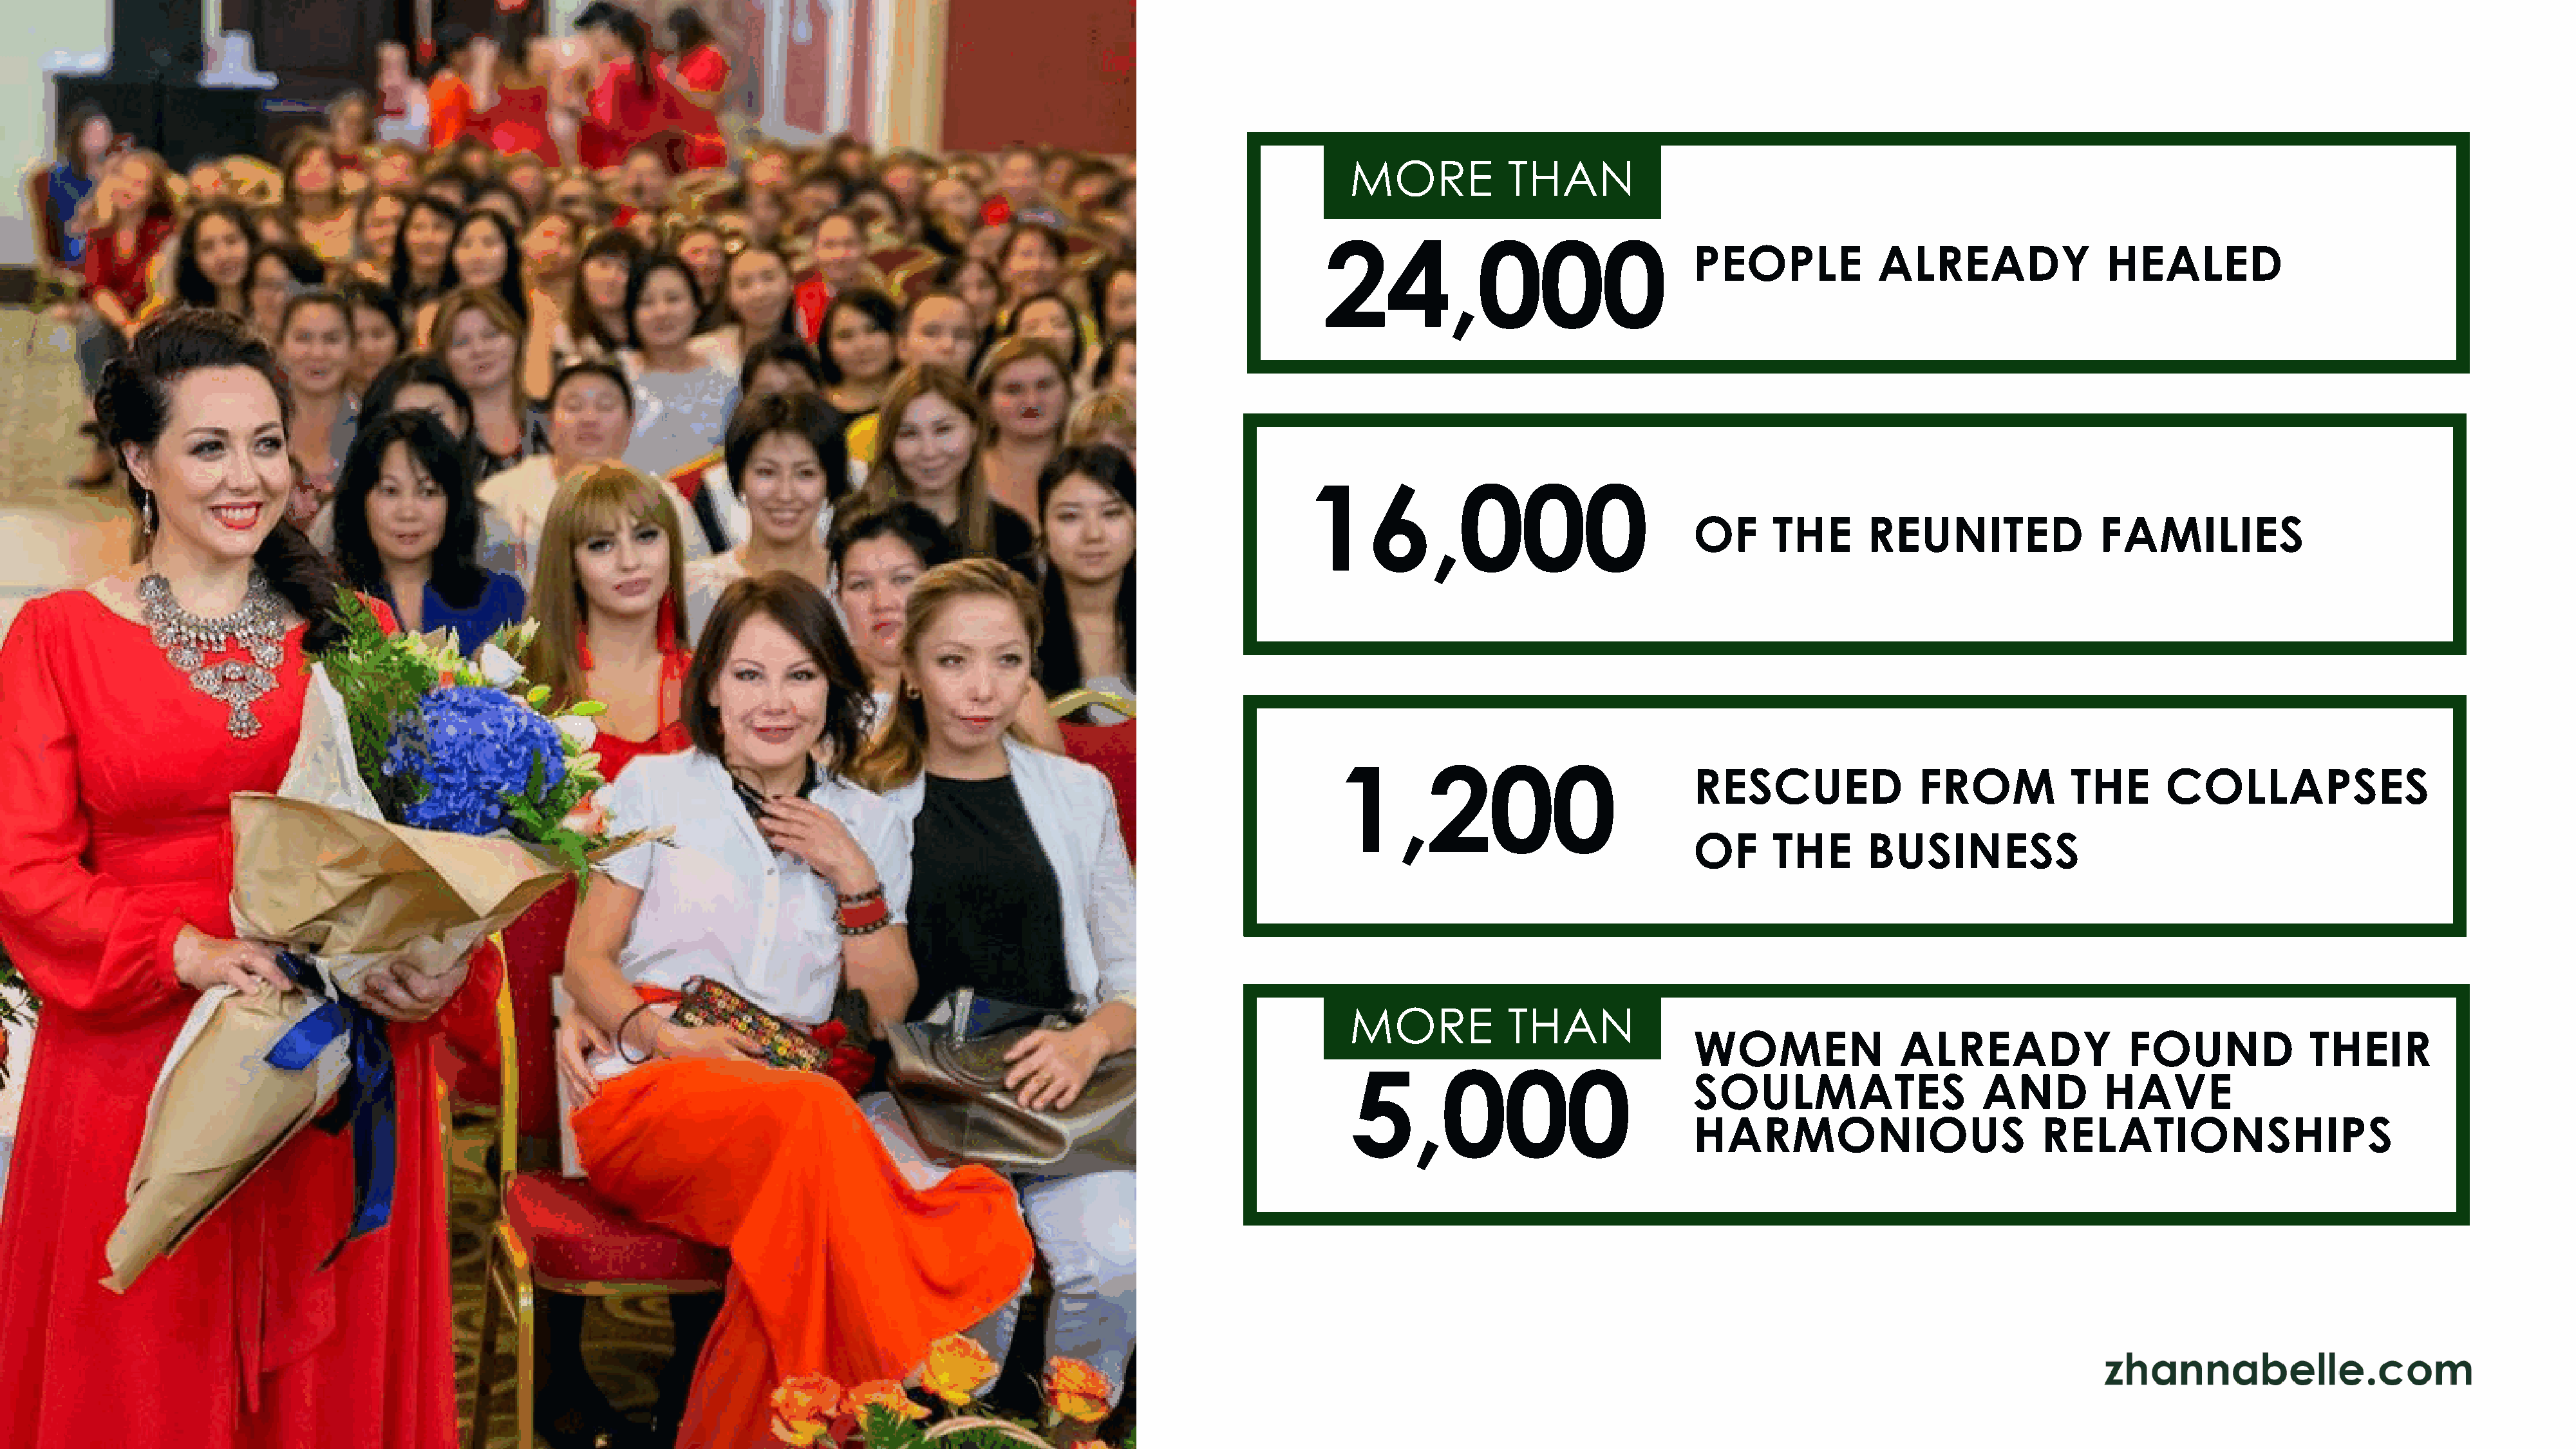
MORE            THAN
 24,000
 PEOPLE             ALREADY                 HEALED
 16,000
 OF      THE       REUNITED                FAMILIES
 1,200
 RESCUED                FROM            THE       COLLAPSES
 OF      THE       BUSINESS
 MORE            THAN
 WOMEN                ALREADY                 FOUND             THEIR
 5,000
 SOULMATES                     AND         HAVE
 HARMONIOUS                          RELATIONSHIPS